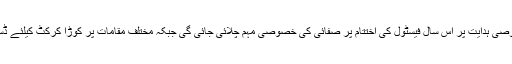
ڈپٹی کمشنر چترال کی خصوصی ہدایت پر اس سال فیسٹول کی اختتام پر صفائی کی خصوصی مہم چلائی جائی گی جبکہ مختلف مقامات پر کوڑا کرکٹ کیلئے ڈسٹبین نصب کئے گئے تھے۔